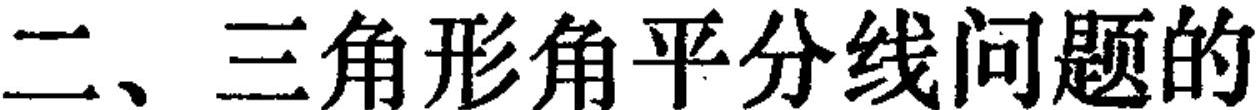
二、三角形角平分线问题的